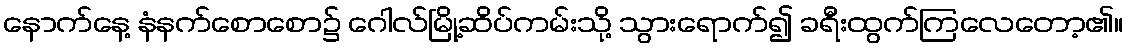
နောက်နေ့ နံနက်စောစော၌ ဂေါလ်မြို့ဆိပ်ကမ်းသို့ သွားရောက်၍ ခရီးထွက်ကြလေတော့၏။